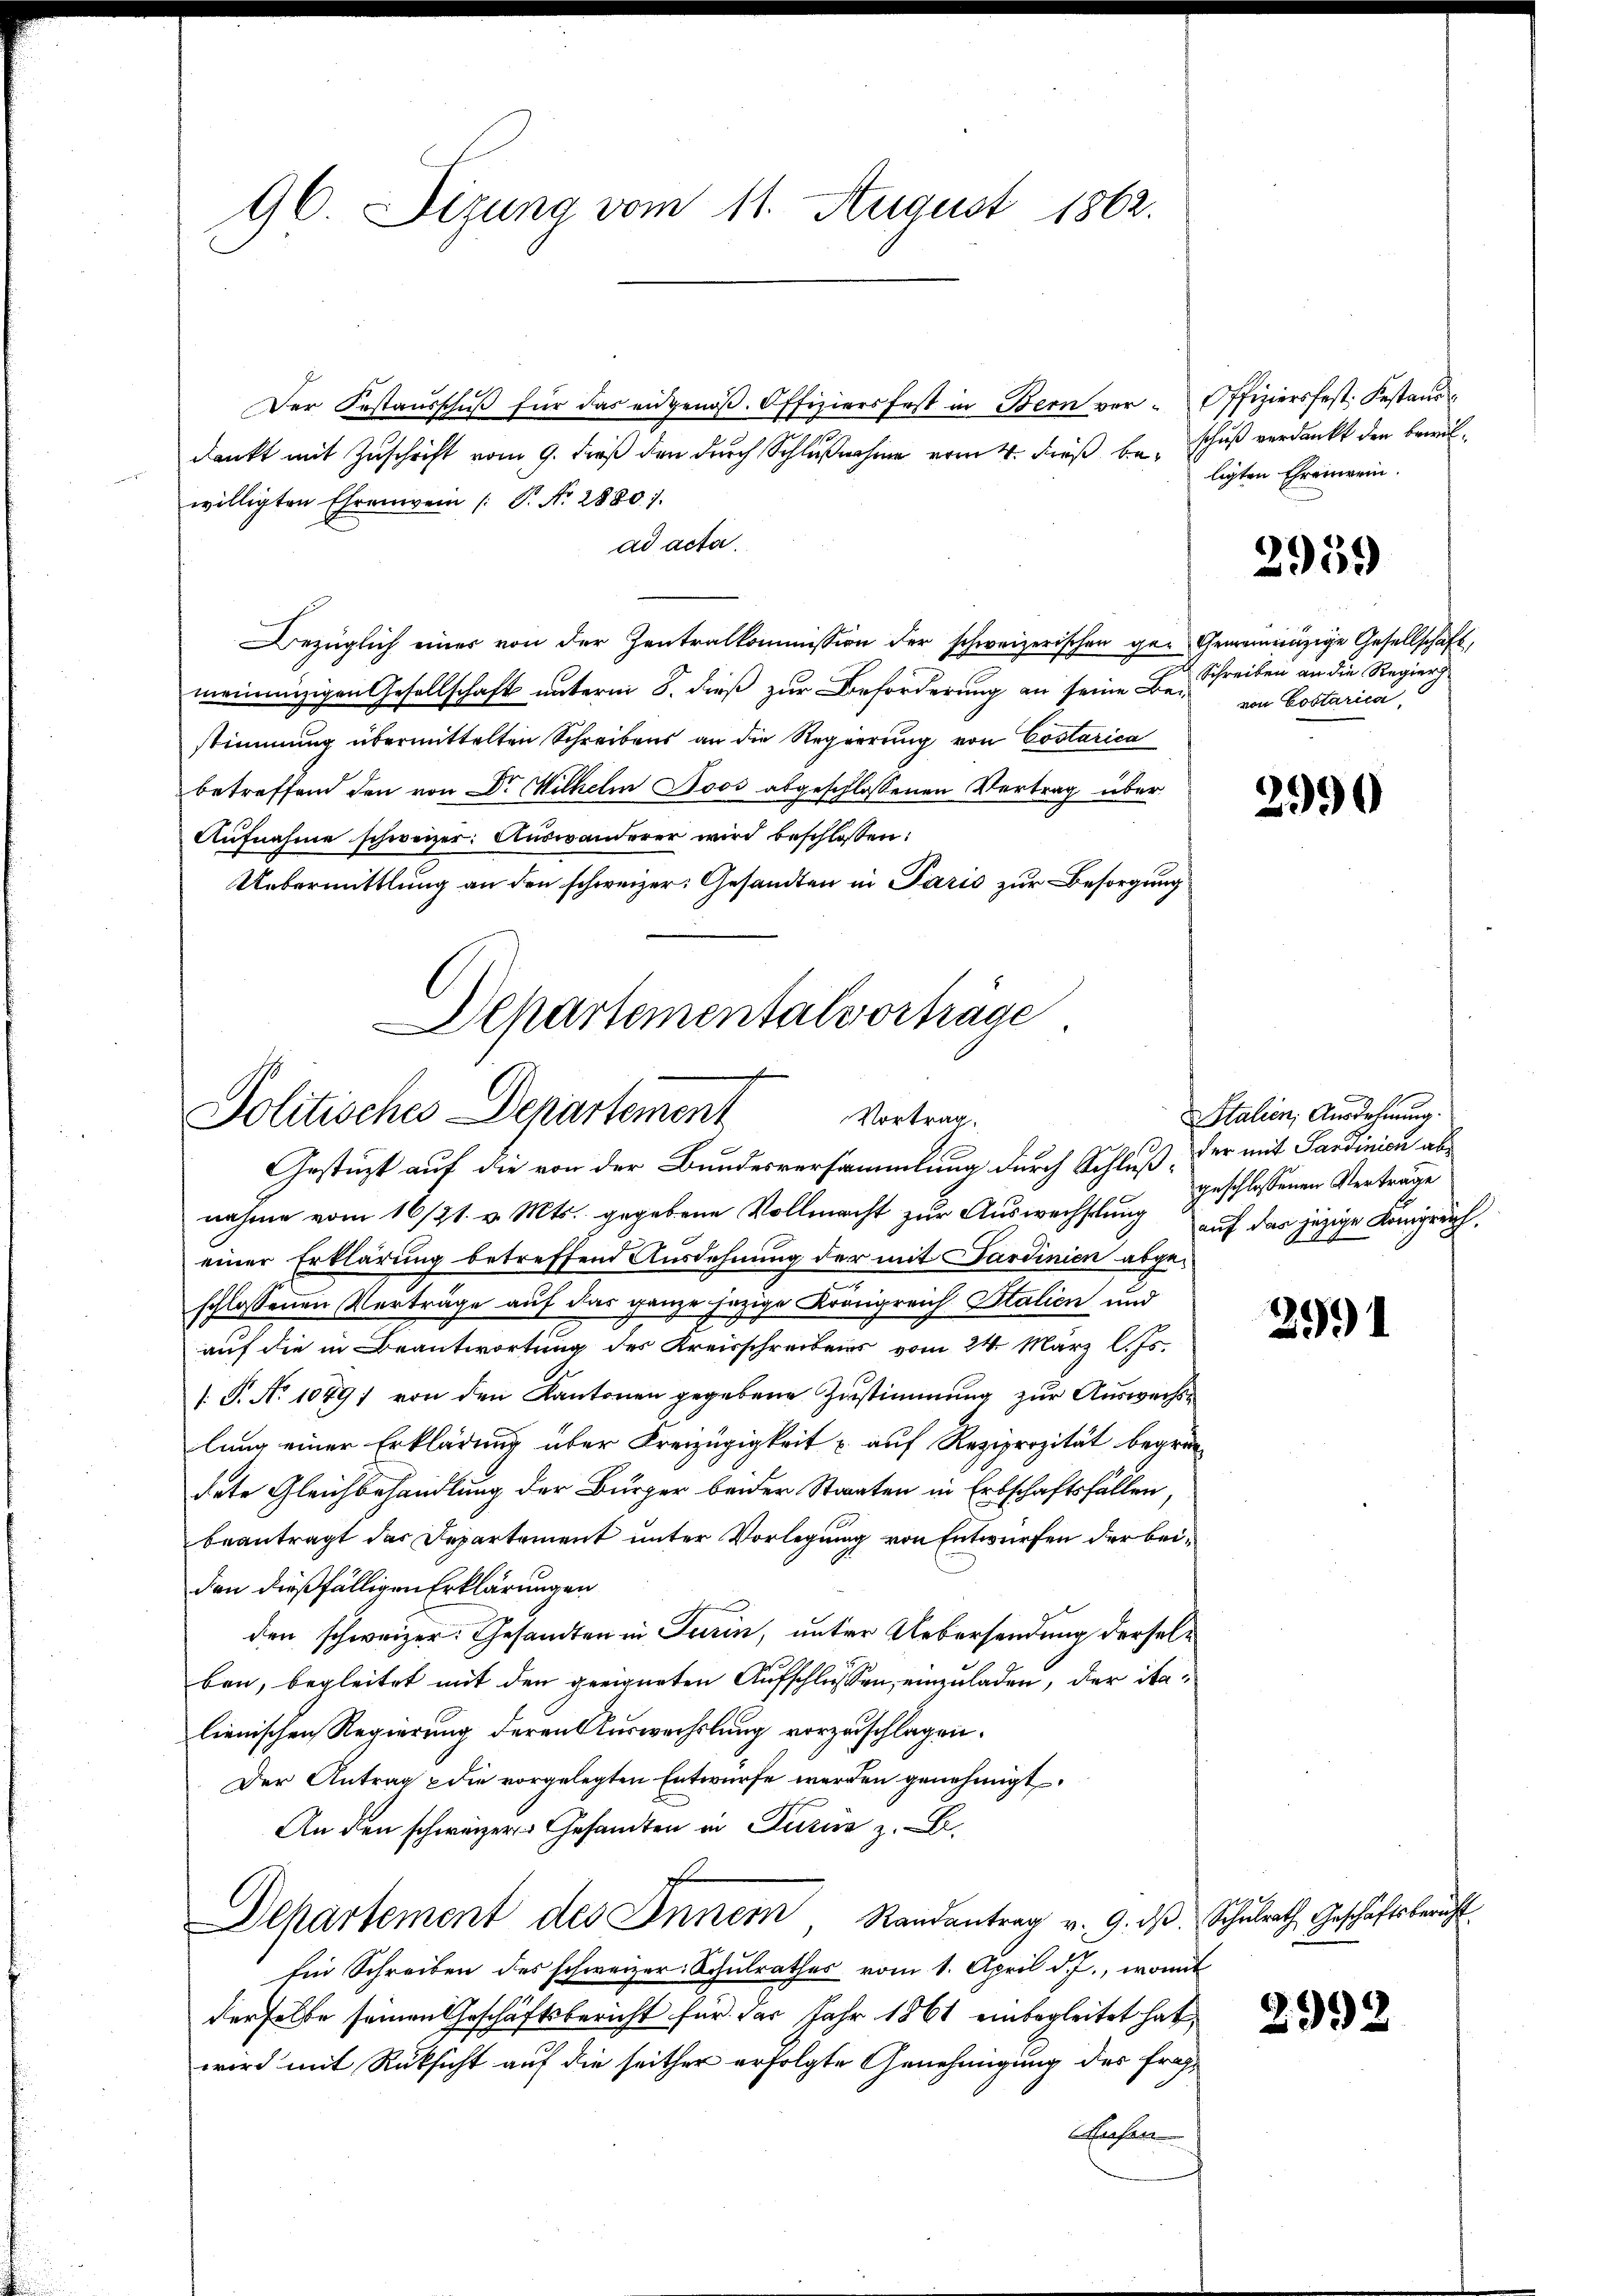
96. Sizung vom 11. August 1862.

Der Gestaŭsschŭβ für das eidgenöβ. Offiziers fest in Bern ver-Offiziersfest. Festaŭs
dankt mit Zuschrift vom 9. dieß den durch Schlußnahme vom 4. Fuß bewilligten Ehrenwein /: P. Nr. 28801.
ad acta.
Bezüglich einer von der Zentralkommission der schweizerischen ger Gemeinnüzige Gesellschaft,
meinanzigen Gesellschaft unterm 8. dieß zur Beförderung an seine Bei von Costarica,
stimmung übermittelten Schreibens an die Regierung von Coslarica
betreffend den von Dr Wilhelm Joos abgeschlossenen Vertrag über
Aufnahme schweizer. Auswanderer wird beschlossen:
Uebermittlung an den schweizer: Gesandten in Paris zur Besorgung

Departementalvorträge
Politisches Departement
Vortrag.
Gestüzt auf die von der Bundesversammlung durch Schluß der mit Sardinien al

schuß verdankt den bewilligten Ehrenwein.

nahme vom 16/21. v. Mts. gegebene Vollmacht zur Auswechselung auf das jezige Komprech
einer Erklärung betreffend Ausdehnung der mit Sardinien abgeschlossenen Verträge auf das ganze jezige Krönigreich Italien und
auf die in Beantwortung des Kreisschreibens vom 24. März l. Js.
/: P. Nr. 10891 von den Kantonen gegebene Zustimmung zur Auswechslung einer Erklärung über Kreizügigkeit u auf Reziprozität begründete Gleichbehandlung der Bürger beider Staaten in Erbschaftsfällen,
beantragt das Departement unter Vorlegung von Entwürfen der beiden dießfälligen Erklärungen
den schweizer: Gesandten in Turin, unter Uebersendung derselben, begleitet mit den geeigneten Aufschlussen, einzuladen, der italienischen Regierung deren Auswechslung vorzuschlagen.
Der Antrag die vorgelegten Entwürfe werden genehmigt
An den schweizer Gesandten in Luzer z. B.
Dehartement des Innern Randantrag v. 9. dβ Schulrath Geschäftsbericht
Ein Schreiben des schweizer Schulrathes vom 1. April d. J., womit
derselbe seinen Geschäftsbericht für das Jahr 1861 einbegleitet hat,
wird mit Rüksicht auf die seither erfolgte Genehmigung des frag¬
Siehen

2959

Schreiben an die Regier

2990

Stalien; Ausdehnung.
geschlossenen Verträge

2991

2992